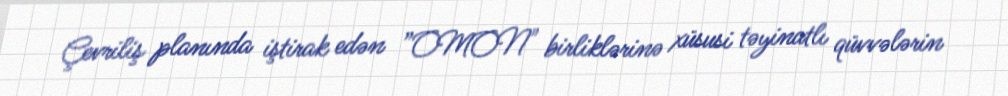
Çevriliş planında iştirak edən ”OMON" birliklərinə xüsusi təyinatlı qüvvələrin